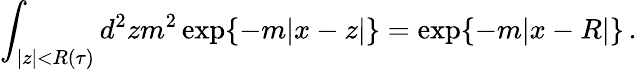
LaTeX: \int_{|z|<R(\tau)}d^{2}zm^{2}\exp\{ -m|x-z|\} =\exp\{ -m|x-R|\} \, .